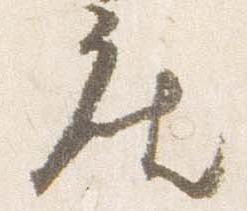
座